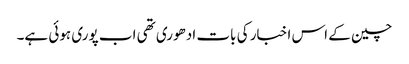
چین کے اس اخبار کی بات ادھوری تھی اب پوری ہوئی ہے۔